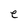
Character: e